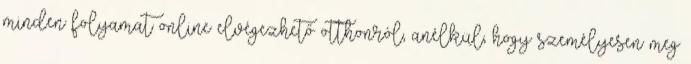
minden folyamat online elvégezhető otthonról, anélkül, hogy személyesen meg